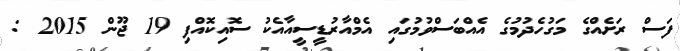
ފަސް ރަށެއްގެ މަގުހެދުމުގެ އެއްބަސްވުމުގައި އެމްއާރުޑީސީއާއެކު ސޮއިކޮއްފި 19 ޖޫން 2015 :